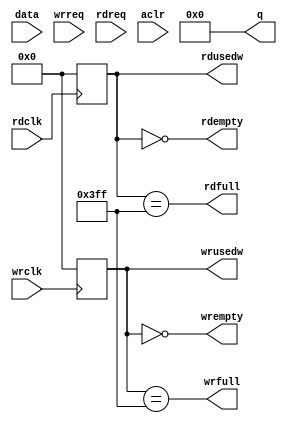
// Model of FIFO in Altera

module fifo( data, wrreq, rdreq, rdclk, wrclk, aclr, q,
		    rdfull, rdempty, rdusedw, wrfull, wrempty, wrusedw);
   
   parameter width = 16;
   parameter depth = 1024;
   parameter addr_bits = 10;
   
   //`define rd_req 0;  // Set this to 0 for rd_ack, 1 for rd_req
   
   input [width-1:0] data;
   input 	     wrreq;
   input 	     rdreq;
   input 	     rdclk;
   input 	     wrclk;
   input 	     aclr;
   output [width-1:0] q;
   output 	      rdfull;
   output 	      rdempty;
   output reg [addr_bits-1:0]  rdusedw;
   output wrfull;
   output wrempty;
   output reg [addr_bits-1:0]  wrusedw;
   
   reg [width-1:0] mem [0:depth-1];
   reg [addr_bits-1:0] 	      rdptr;
   reg [addr_bits-1:0] 	      wrptr;
   
`ifdef rd_req
   reg [width-1:0]    q;
`else
   wire [width-1:0]   q;
`endif
   
   integer 	      i;
   
   always @( aclr)
     begin
	wrptr <= #1 0;
	rdptr <= #1 0;
	for(i=0;i<depth;i=i+1)
	  mem[i] <= #1 0;
     end
   
   always @(posedge wrclk)
     if(wrreq)
       begin
	  wrptr <= #1 wrptr+1;
	  mem[wrptr] <= #1 data;
       end
   
   always @(posedge rdclk)
     if(rdreq)
       begin
   	  rdptr <= #1 rdptr+1;
`ifdef rd_req
	  q <= #1 mem[rdptr];
`endif
       end
   
`ifdef rd_req
`else
   assign q = mem[rdptr];
`endif
   
   // Fix these
   always @(posedge wrclk)
     wrusedw <= #1 wrptr - rdptr;
   
   always @(posedge rdclk)
     rdusedw <= #1 wrptr - rdptr;
   
   assign wrempty = (wrusedw == 0);
   assign wrfull = (wrusedw == depth-1);
   
   assign rdempty = (rdusedw == 0);
   assign rdfull = (rdusedw == depth-1);
   
endmodule // fifo_1c_1k